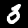
Digit: 3